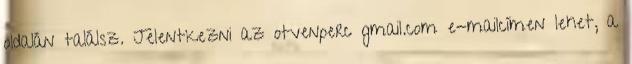
oldalán találsz. Jelentkezni az otvenperc gmail.com e-mailcímen lehet, a